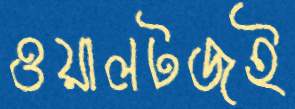
ওয়ালটজই